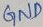
Text: GND